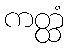
ကတ္ထံ